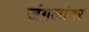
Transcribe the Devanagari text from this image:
जंगलांवर